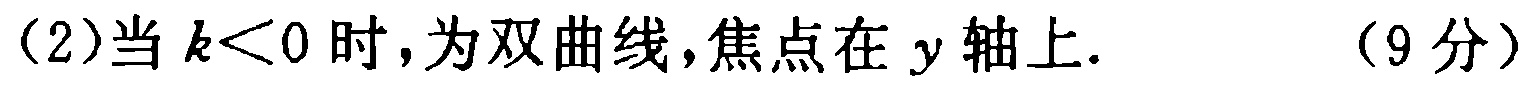
(2)当 \(k<0\) 时，为双曲线，焦点在 \(y\) 轴上.  （9分）